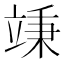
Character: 𥪕